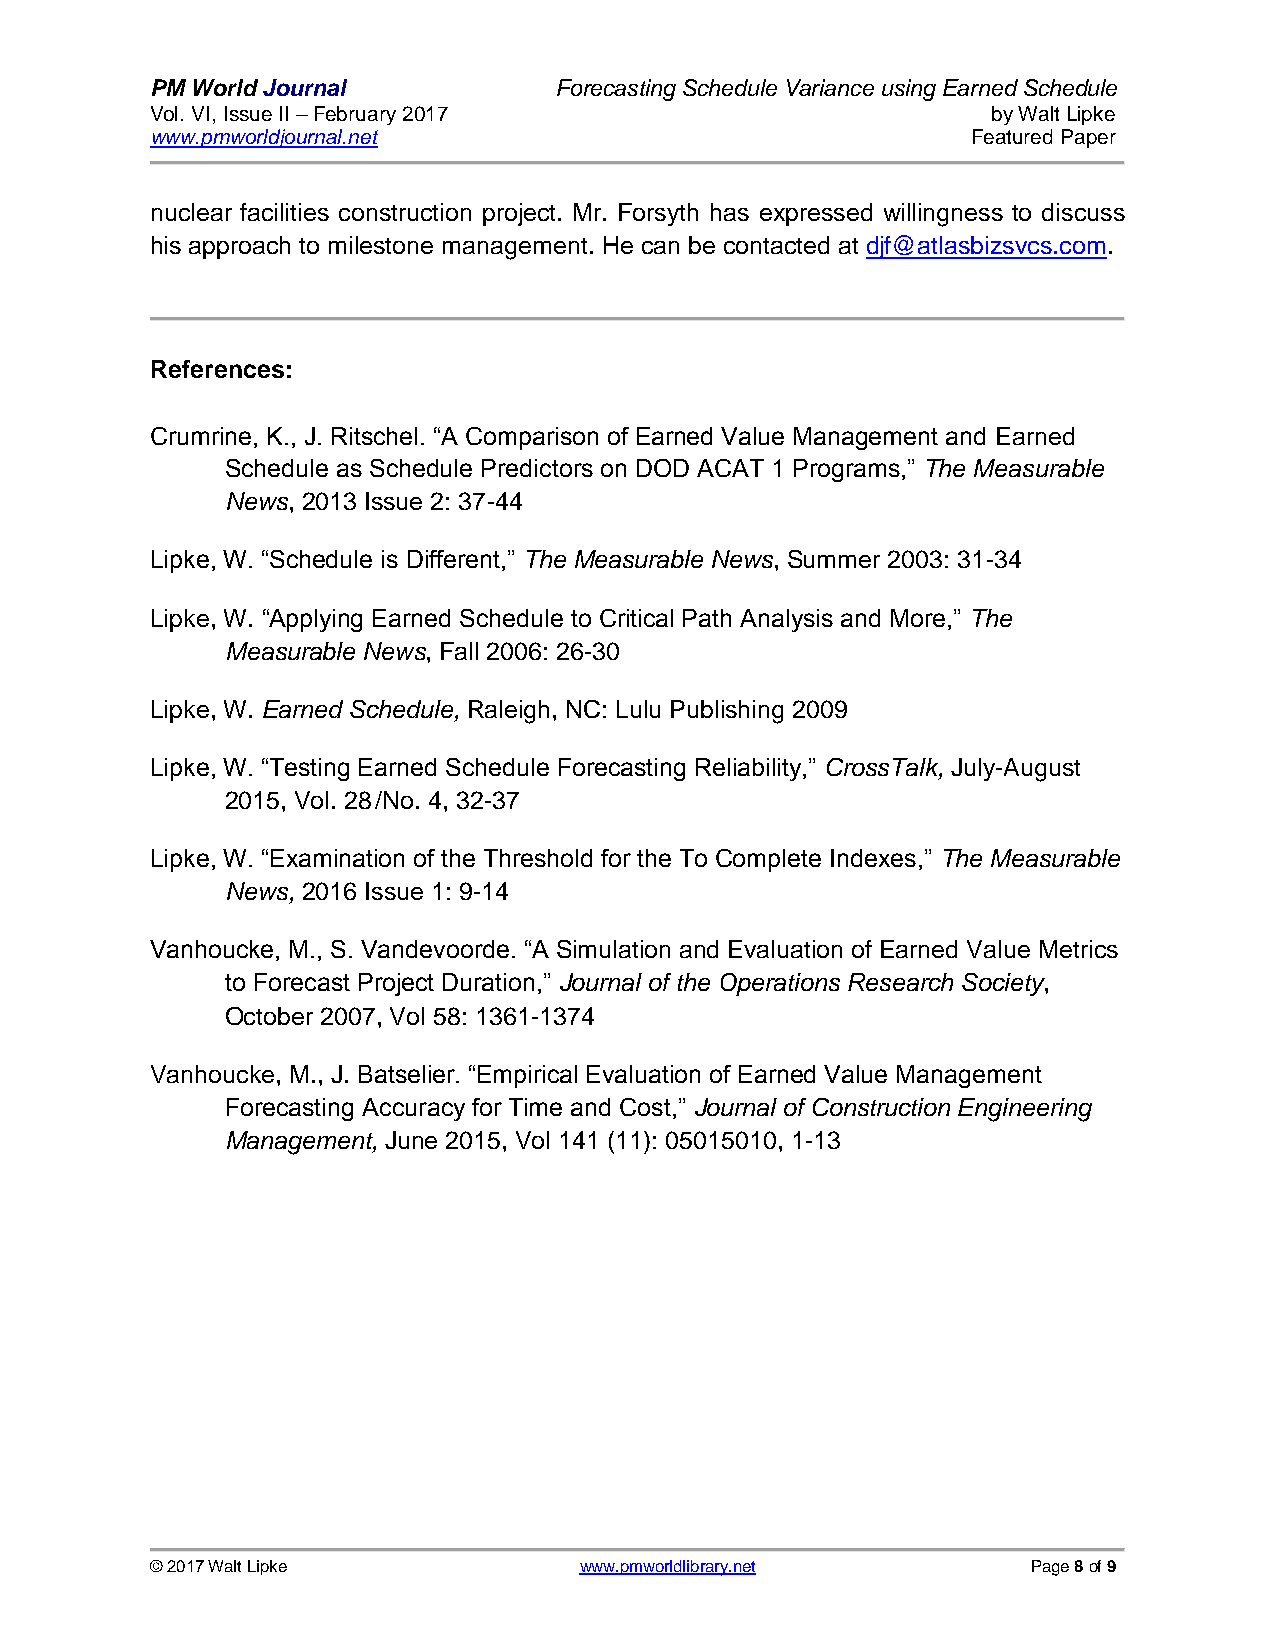
PM World Journal           Forecasting Schedule Variance using Earned Schedule
 Vol. VI, Issue II – February 2017                       by Walt Lipke
 www.pmworldjournal.net                                Featured Paper
 nuclear facilities construction project. Mr. Forsyth has expressed willingness to discuss
 his approach to milestone management. He can be contacted at djf@atlasbizsvcs.com.
 References:
 Crumrine, K., J. Ritschel. “A Comparison of Earned Value Management and Earned
 Schedule as Schedule Predictors on DOD ACAT 1 Programs,” The Measurable
 News, 2013 Issue 2: 37-44
 Lipke, W. “Schedule is Different,” The Measurable News, Summer 2003: 31-34
 Lipke, W. “Applying Earned Schedule to Critical Path Analysis and More,” The
 Measurable News, Fall 2006: 26-30
 Lipke, W. Earned Schedule, Raleigh, NC: Lulu Publishing 2009
 Lipke, W. “Testing Earned Schedule Forecasting Reliability,” CrossTalk, July-August
 2015, Vol. 28 /No. 4, 32-37
 Lipke, W. “Examination of the Threshold for the To Complete Indexes,” The Measurable
 News, 2016 Issue 1: 9-14
 Vanhoucke, M., S. Vandevoorde. “A Simulation and Evaluation of Earned Value Metrics
 to Forecast Project Duration,” Journal of the Operations Research Society,
 October 2007, Vol 58: 1361-1374
 Vanhoucke, M., J. Batselier. “Empirical Evaluation of Earned Value Management
 Forecasting Accuracy for Time and Cost,” Journal of Construction Engineering
 Management, June 2015, Vol 141 (11): 05015010, 1-13
 © 2017 Walt Lipke           www.pmworldlibrary.net        Page 8 of 9